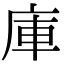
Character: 庫